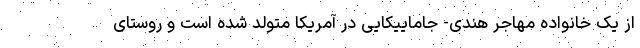
از یک خانواده مهاجر هندی- جاماییکایی در آمریکا متولد شده است و روستای